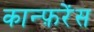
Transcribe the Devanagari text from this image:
कान्फ़रेंस